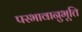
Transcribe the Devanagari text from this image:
परभावानुभूति